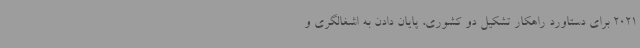
2021 برای دستاورد راهکار تشکیل دو کشوری، پایان دادن به اشغالگری و